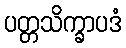
ပတ္တသိက္ခာပဒံ